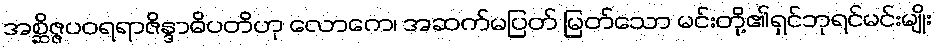
အစ္ဆိဇ္ဇပဝရရာဇိန္ဒာဓိပတိဟု လောကေ၊ အဆက်မပြတ် မြတ်သော မင်းတို့၏ရှင်ဘုရင်မင်းမျိုး